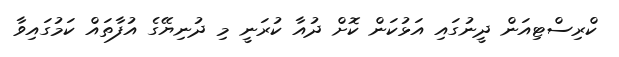
ކްރިސްޓިއަން ދީނުގައި އަޅުކަން ކޮށް ދުއާ ކުރަނީ މި ދުނިޔޭގެ އުފާތައް ކަމުގައިވާ